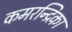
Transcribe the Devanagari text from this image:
कमरन्द्रिका